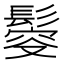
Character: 𩮃